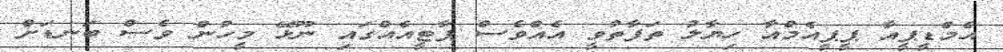
އެމްޑީޕީއާ ޕީޕީއެމްއާ ހިޔާލު ތަފާތުވީ އެއްވެސް ޕާޓީއެއްގައި ނޫޅޭ މީހުން ވެސް ބަނޑަށް